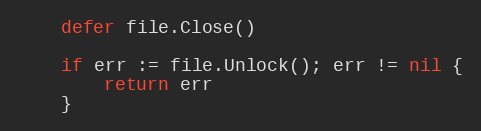
Language: Go
	defer file.Close()

	if err := file.Unlock(); err != nil {
		return err
	}